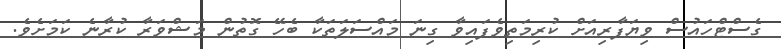
ގެސްޓްހައުސް ވިޔަފާރިއަށް ކުރިމަތިވެފައިވާ ގިނަ މައްސަލަތަކާ ބެހޭ ގޮތުން މަޝްވަރާ ކުރާނެ ކަމަށެވެ.